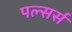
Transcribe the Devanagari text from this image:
पल्सर्स